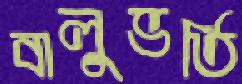
বালুভর্তি